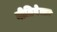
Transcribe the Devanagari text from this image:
नीतिवेत्ता